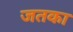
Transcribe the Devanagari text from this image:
जतका